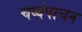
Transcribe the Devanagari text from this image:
चर्व्यपाचन